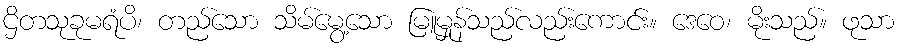
ဌိတသုခုမရံပိ၊ တည်သော သိမ်မွေ့သော မြူမှုန်သည်လည်းကောင်း။ ဒေဝေ၊ မိုးသည်။ ဖုသာ